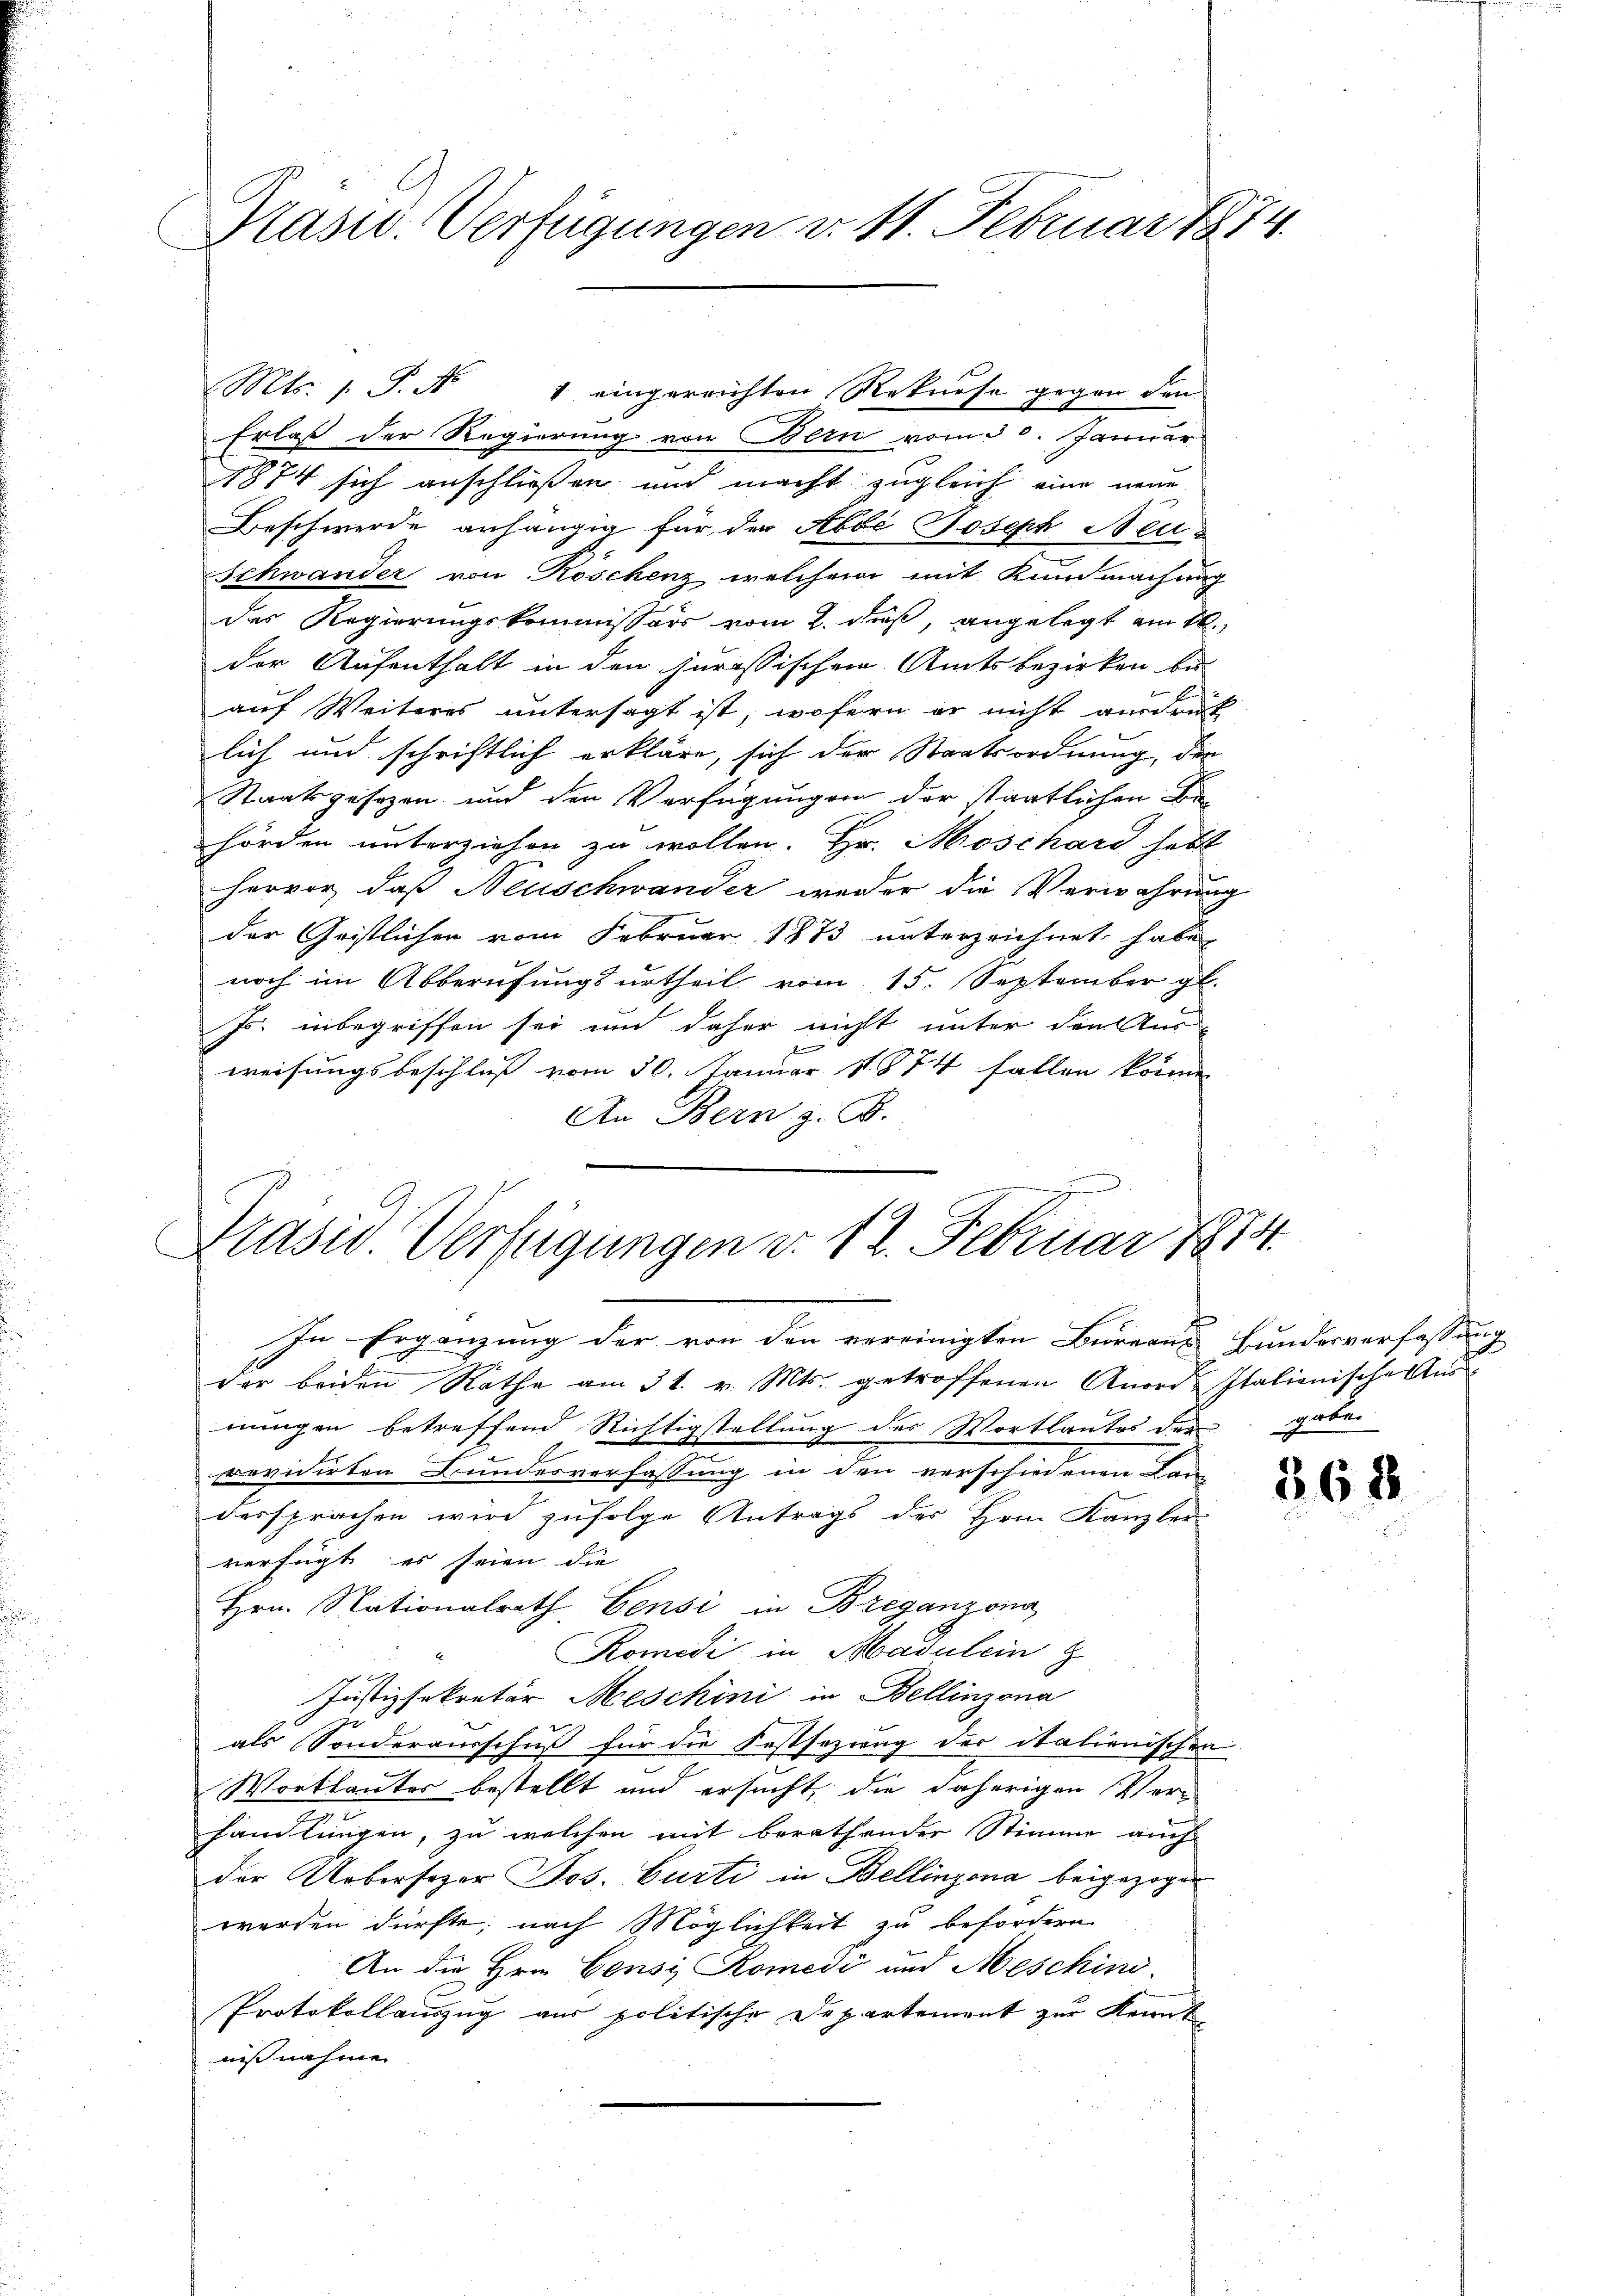
Präsid. Verfügungen d. 11. Februar 1874.

Erlaß der Regierung von Bern vom 30. Januar
1874 sich anschließen und macht zugleich eine neue
Beschwerde anhängig für der Abbe Joseph Neu¬
Schwander von Röschenz, welchem mit Kundmachung
der Regierungskommissors vom 2. dieß, angelegt am 20.
der Aufenthalt in den jurassischen Amtsbezirken be-
auf Weiteres untersagt ist, wofern er nicht ausdrück
lich und schriftlich erkläre, sich der Staatsordnung, der
Staatsgesezen und den Verfügungen der Staatlichen Be
hörden unterziehen zu wollen. Hr. Moschard hebt
hervor, daß Neuschwander weder die Verwahrung
der Gristlichen vom Februar 1873 unterzeichnet habe,
noch im Abberufungsurtheil vom 15. September gl.
Js. inbegriffen sei und daher nicht unter den Aus-
weisungsbeschluß vom 30. Januar 1874 fallen könne
An Bern z. B.
Grase Verfügungen d. 12. Februar 1874.

Mts. 1. P. Nr. 1 eingerrichten Rekurse gegen den

In Ergänzung der von den vereinigten Bureaus Bundesverfassung
der beiden Rathe am 31. v. Mts. getroffenen Anord-Italienische Aus
nungen betreffend Richtigstellung des Wortlautes der gaben
b
revidirten Bundesverfassung in den verschiedenen Lan
dersprachen wird zufolge Antrags des Hrn. Kanzler
verfügt es seien die
Hrn. Nationalrath, Pensi in Briganzona
Komedi in Badulein z
Justizsekretär Meschini in Bellinzona
als Sonderausschuß für die Festsezung der italienischen
Wortlauter bestellt und ersucht, die daherigen Ver-
handlungen, zu welchen mit berathender Stimme auch
der Uebersozor Jos. Curti in Bellinzona beigezogen
werden dürfte; nach Möglichkeit zu befordern.
An die Hrn. Censi Komedi und Meschini
Protokollauszug aus politische Departement zur Kennt
nisnahme

268